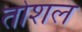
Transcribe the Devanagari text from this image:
तोशल